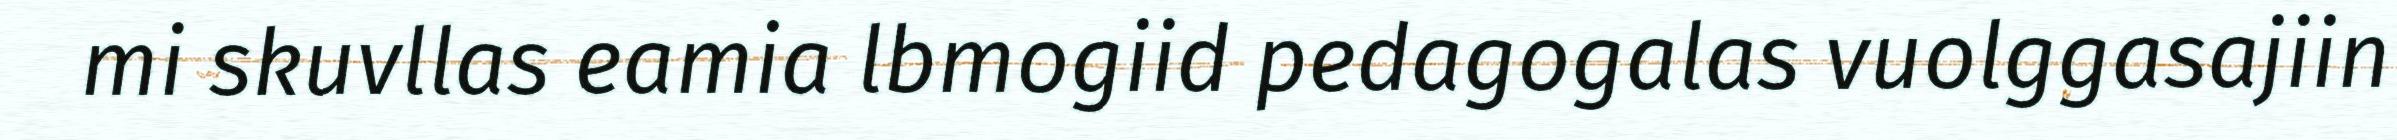
mi skuvllas eamia lbmogiid pedagogalas vuolggasajiin